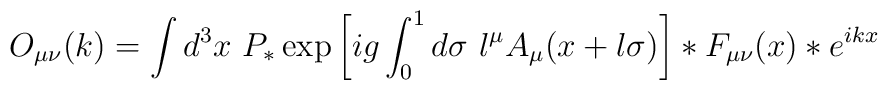
O_{\mu \nu}(k) = \int d^3 x~ P_* \exp \left[ ig \int_0^1 d \sigma~    l^\mu A_\mu (x + l \sigma) \right]    \ast F_{\mu \nu} (x) \ast e^{ikx}